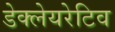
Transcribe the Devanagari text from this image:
डेक्लेयरेटिव